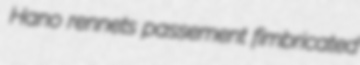
Hano rennets passement fimbricated